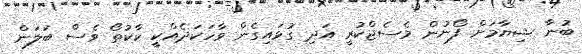
ބުނާ ޝިޔާމަށް ފޯނުން މެސެޖްކުރީ އަދި ގުޅައިގެން ވާހަކަދެއްކީ ކާކުތޯ ވެސް ބަލަން